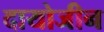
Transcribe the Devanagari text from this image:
दायोजीन